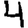
Digit: 4